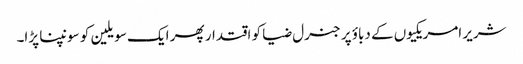
شریر امریکیوں کے دباؤ پر جنرل ضیا کو اقتدار پھر ایک سویلین کو سونپنا پڑا۔